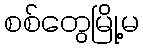
စစ်တွေမြို့မ